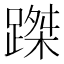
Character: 𨃥